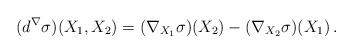
LaTeX: \begin{align*}(d^\nabla \sigma)(X_1, X_2)=(\nabla _{X_1}\sigma)(X_2) - (\nabla _{X_2}\sigma)(X_1) \, . \end{align*}